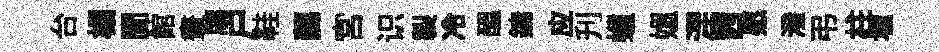
台榻閬館晝牗户鞋藹宮识製冷醖鏞应刋蠟媪涅茜愿潑弔柱壚